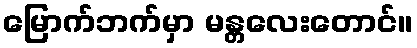
မြောက်ဘက်မှာ မန္တလေးတောင်။